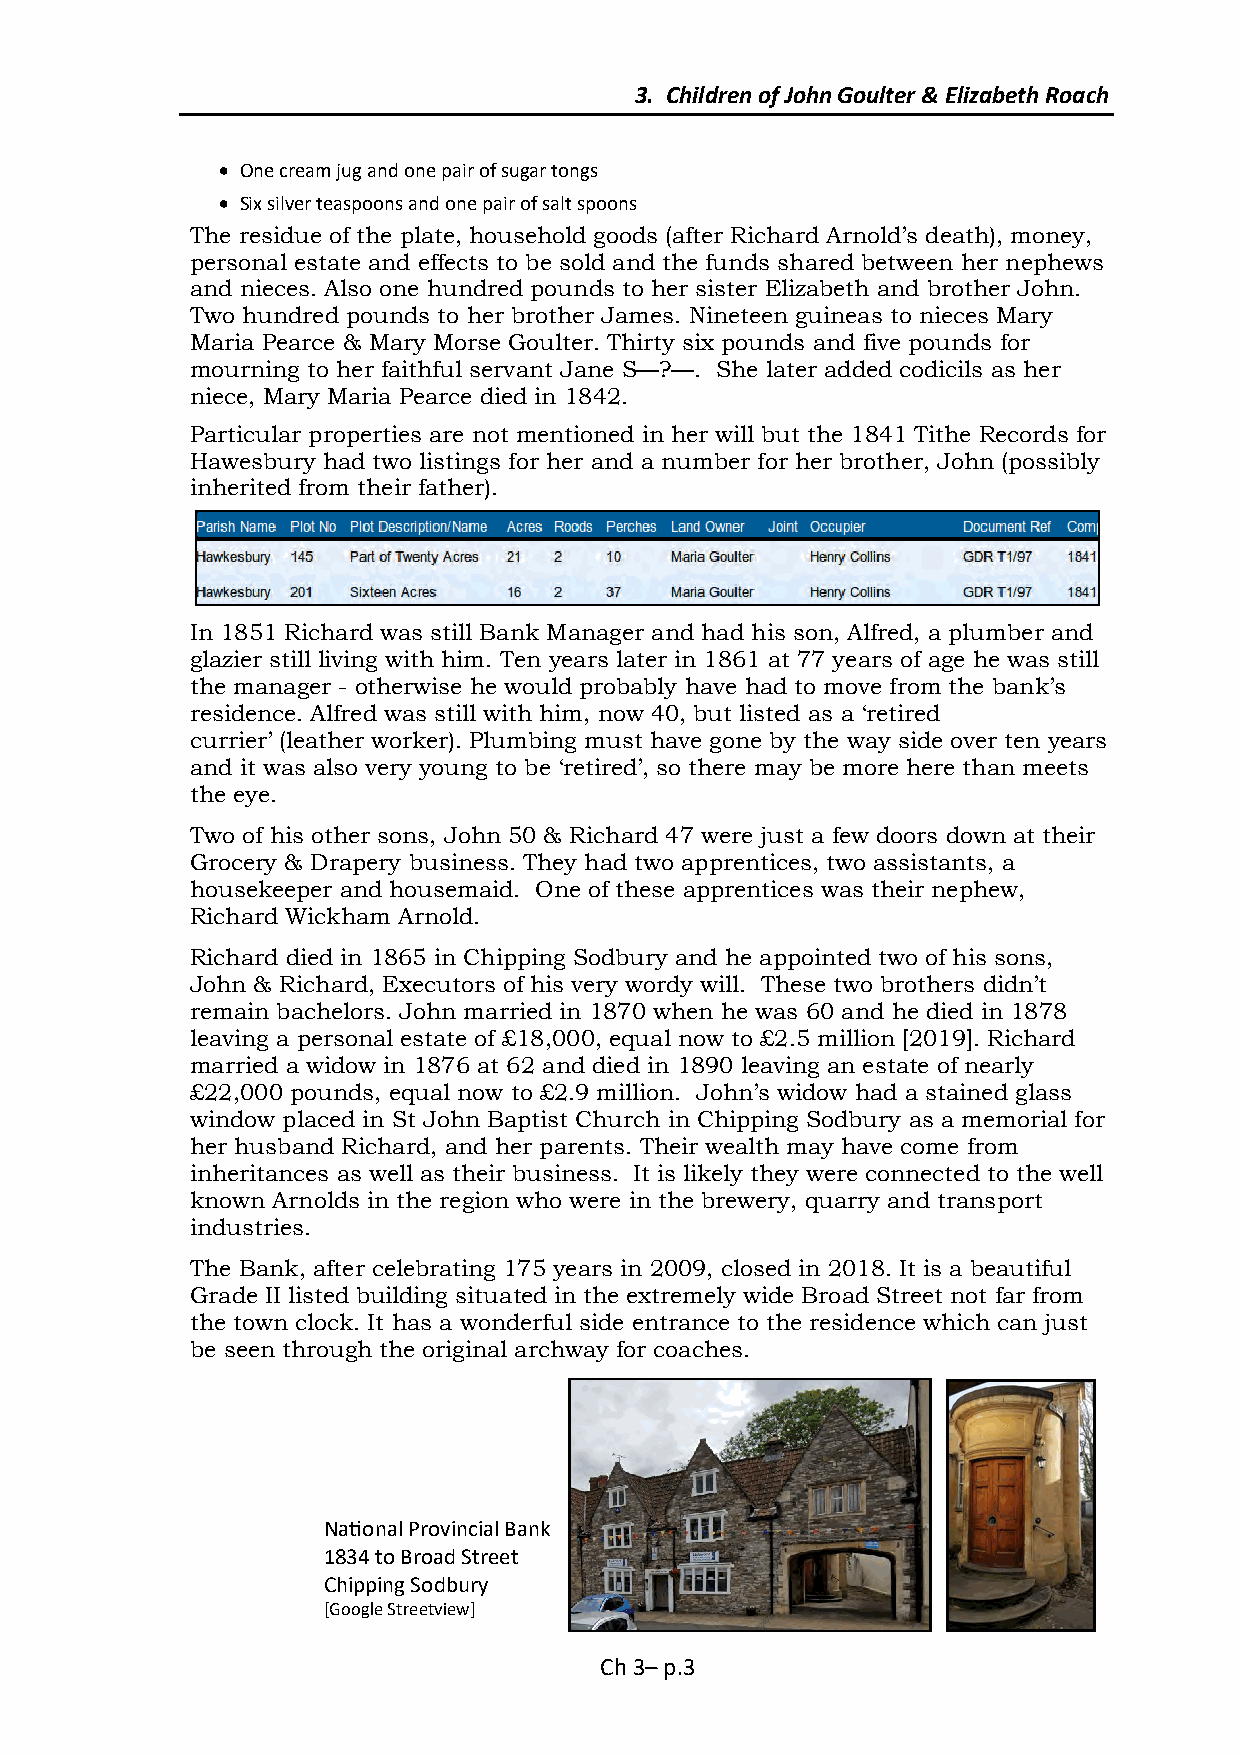
3. Children of John Goulter & Elizabeth Roach
  One cream jug and one pair of sugar tongs
  Six silver teaspoons and one pair of salt spoons
 The residue of the plate, household goods (after Richard Arnold’s death), money,
 personal estate and effects to be sold and the funds shared between her nephews
 and nieces. Also one hundred pounds to her sister Elizabeth and brother John.
 Two hundred pounds to her brother James. Nineteen guineas to nieces Mary
 Maria Pearce & Mary Morse Goulter. Thirty six pounds and five pounds for
 mourning to her faithful servant Jane S—?—. She later added codicils as her
 niece, Mary Maria Pearce died in 1842.
 Particular properties are not mentioned in her will but the 1841 Tithe Records for
 Hawesbury had two listings for her and a number for her brother, John (possibly
 inherited from their father).
 In 1851 Richard was still Bank Manager and had his son, Alfred, a plumber and
 glazier still living with him. Ten years later in 1861 at 77 years of age he was still
 the manager - otherwise he would probably have had to move from the bank’s
 residence. Alfred was still with him, now 40, but listed as a ‘retired
 currier’ (leather worker). Plumbing must have gone by the way side over ten years
 and it was also very young to be ‘retired’, so there may be more here than meets
 the eye.
 Two of his other sons, John 50 & Richard 47 were just a few doors down at their
 Grocery & Drapery business. They had two apprentices, two assistants, a
 housekeeper and housemaid. One of these apprentices was their nephew,
 Richard Wickham Arnold.
 Richard died in 1865 in Chipping Sodbury and he appointed two of his sons,
 John & Richard, Executors of his very wordy will. These two brothers didn’t
 remain bachelors. John married in 1870 when he was 60 and he died in 1878
 leaving a personal estate of £18,000, equal now to £2.5 million [2019]. Richard
 married a widow in 1876 at 62 and died in 1890 leaving an estate of nearly
 £22,000 pounds, equal now to £2.9 million. John’s widow had a stained glass
 window placed in St John Baptist Church in Chipping Sodbury as a memorial for
 her husband Richard, and her parents. Their wealth may have come from
 inheritances as well as their business. It is likely they were connected to the well
 known Arnolds in the region who were in the brewery, quarry and transport
 industries.
 The Bank, after celebrating 175 years in 2009, closed in 2018. It is a beautiful
 Grade II listed building situated in the extremely wide Broad Street not far from
 the town clock. It has a wonderful side entrance to the residence which can just
 be seen through the original archway for coaches.
 National Provincial Bank
 1834 to Broad Street
 Chipping Sodbury
 [Google Streetview]
 Ch 3– p.3